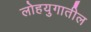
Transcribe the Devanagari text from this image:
लोहयुगातील